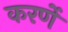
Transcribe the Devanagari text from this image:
करर्णे